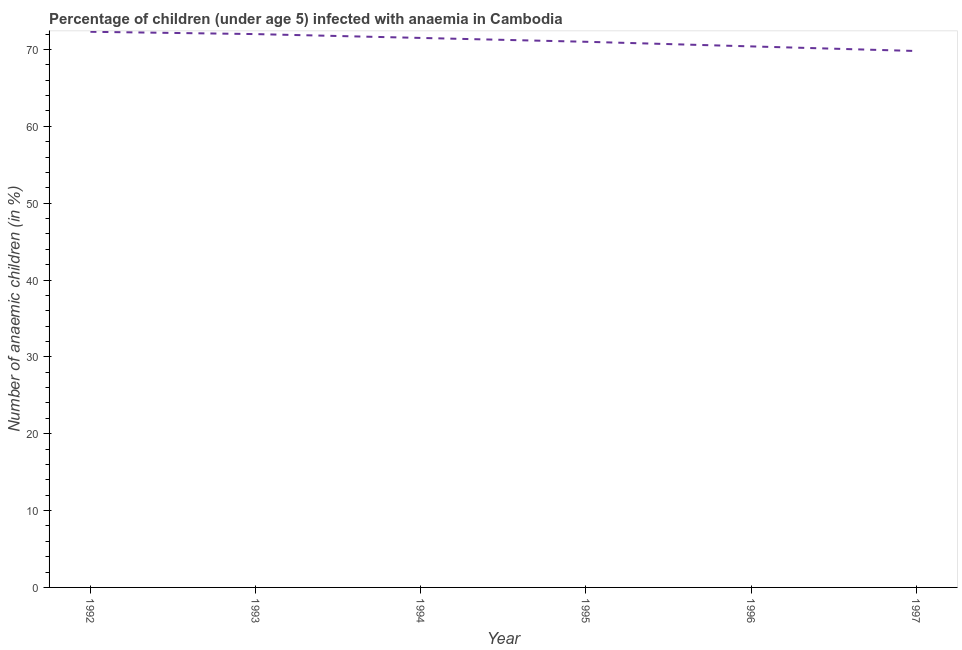
| Year | Prevalence of anemia among children |
 | --- | --- |
 | 1992 | 72.3 |
 | 1993 | 72 |
 | 1994 | 71.5 |
 | 1995 | 71 |
 | 1996 | 70.4 |
 | 1997 | 69.8 |